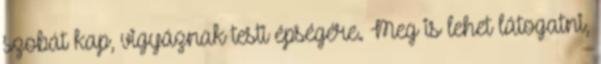
szobát kap, vigyáznak testi épségére. Meg is lehet látogatni,